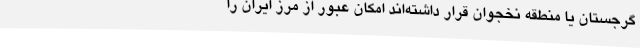
گرجستان یا منطقه نخجوان قرار داشته‌اند امکان عبور از مرز ایران را